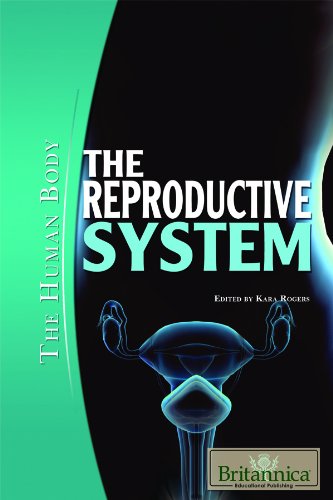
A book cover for The Reproductive System (Human Body (Rosen Educational Publishing)); Teen & Young Adult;